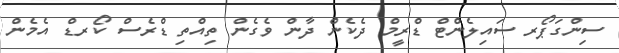
ސިންގަޕޯރ ސައިލެންޓް ޑްރީމް ދެކެން ދާން ވެގެން ތިއްތި ޑްރެސް ކޯރޑް އެމެން